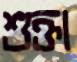
শুক্তা